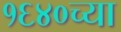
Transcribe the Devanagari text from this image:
१६४०च्या